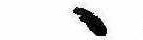
ゝ